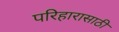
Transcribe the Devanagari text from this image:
परिहारासाठी